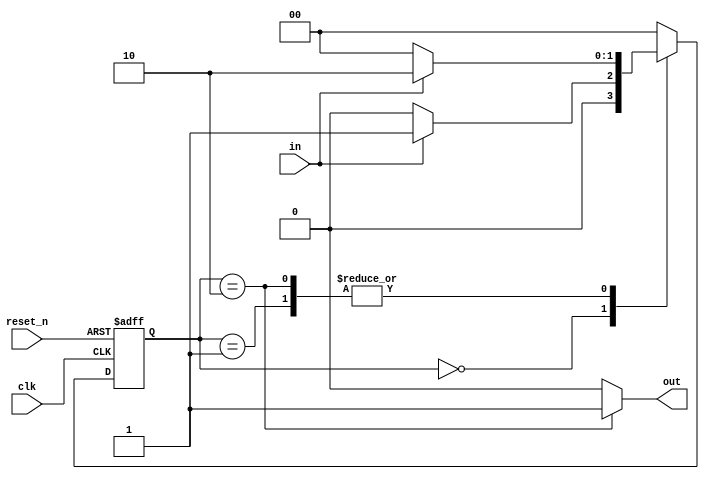
module mooreFSM (
input      clk,
input      reset_n,
input      in,
output reg out
);
reg [1:0] Current_state; 
reg [1:0] Next_state; 
  localparam S0 = 2'b00; 
  localparam S1 = 2'b01; 
  localparam S2 = 2'b10; 
always @(posedge clk or negedge reset_n) begin
    if(!reset_n) 
		Current_state <= S0;
    else
		Current_state <= Next_state;
end
always @(*) 
begin
	Next_state = S0; 
	case(Current_state)
	
	S0: begin
	     if(in) Next_state = S1;
		  else   Next_state = S0;
		 end
				
	S1 : begin
	     if(in) Next_state = S2;
		  else   Next_state = S0;
		 end
	S2: begin
	     if(in) Next_state = S2;
		  else   Next_state = S0;
		 end
	endcase
end 
always @(*) 
begin
	out = 0;
	case(Current_state)
	S0 : out = 0;
	S1 : out = 0;
	S2 : out = 1;
	endcase
end
endmodule